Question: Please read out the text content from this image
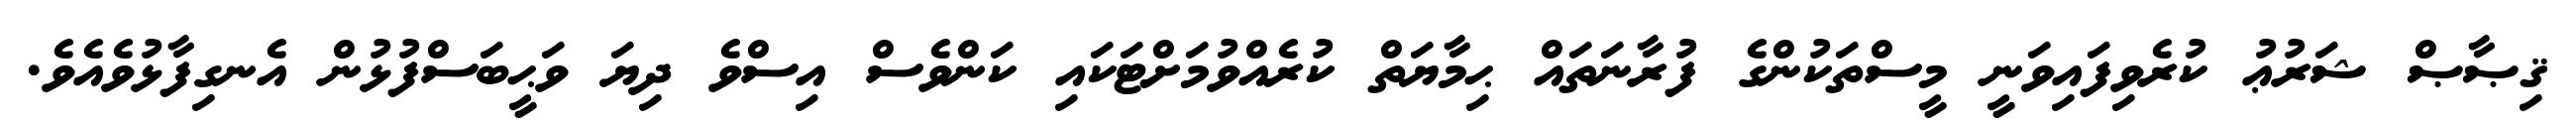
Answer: ޤިޞާޞް ޝަރުޢު ކުރެވިފައިވަނީ މީސްތަކުންގެ ފުރާނަތައް ޙިމާޔަތް ކުރެއްވުމަށްޓަކައި ކަންވެސް އިސްވެ ދިޔަ ވަޙީބަސްފުޅުން އެނގިފާޅުވެއެވެ.